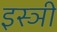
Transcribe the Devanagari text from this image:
इस्ञी